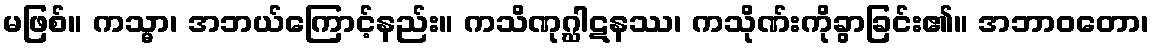
မဖြစ်။ ကသ္မာ၊ အဘယ်ကြောင့်နည်း။ ကသိဏုဂ္ဃါဋနဿ၊ ကသိုဏ်းကိုခွာခြင်း၏။ အဘာဝတော၊